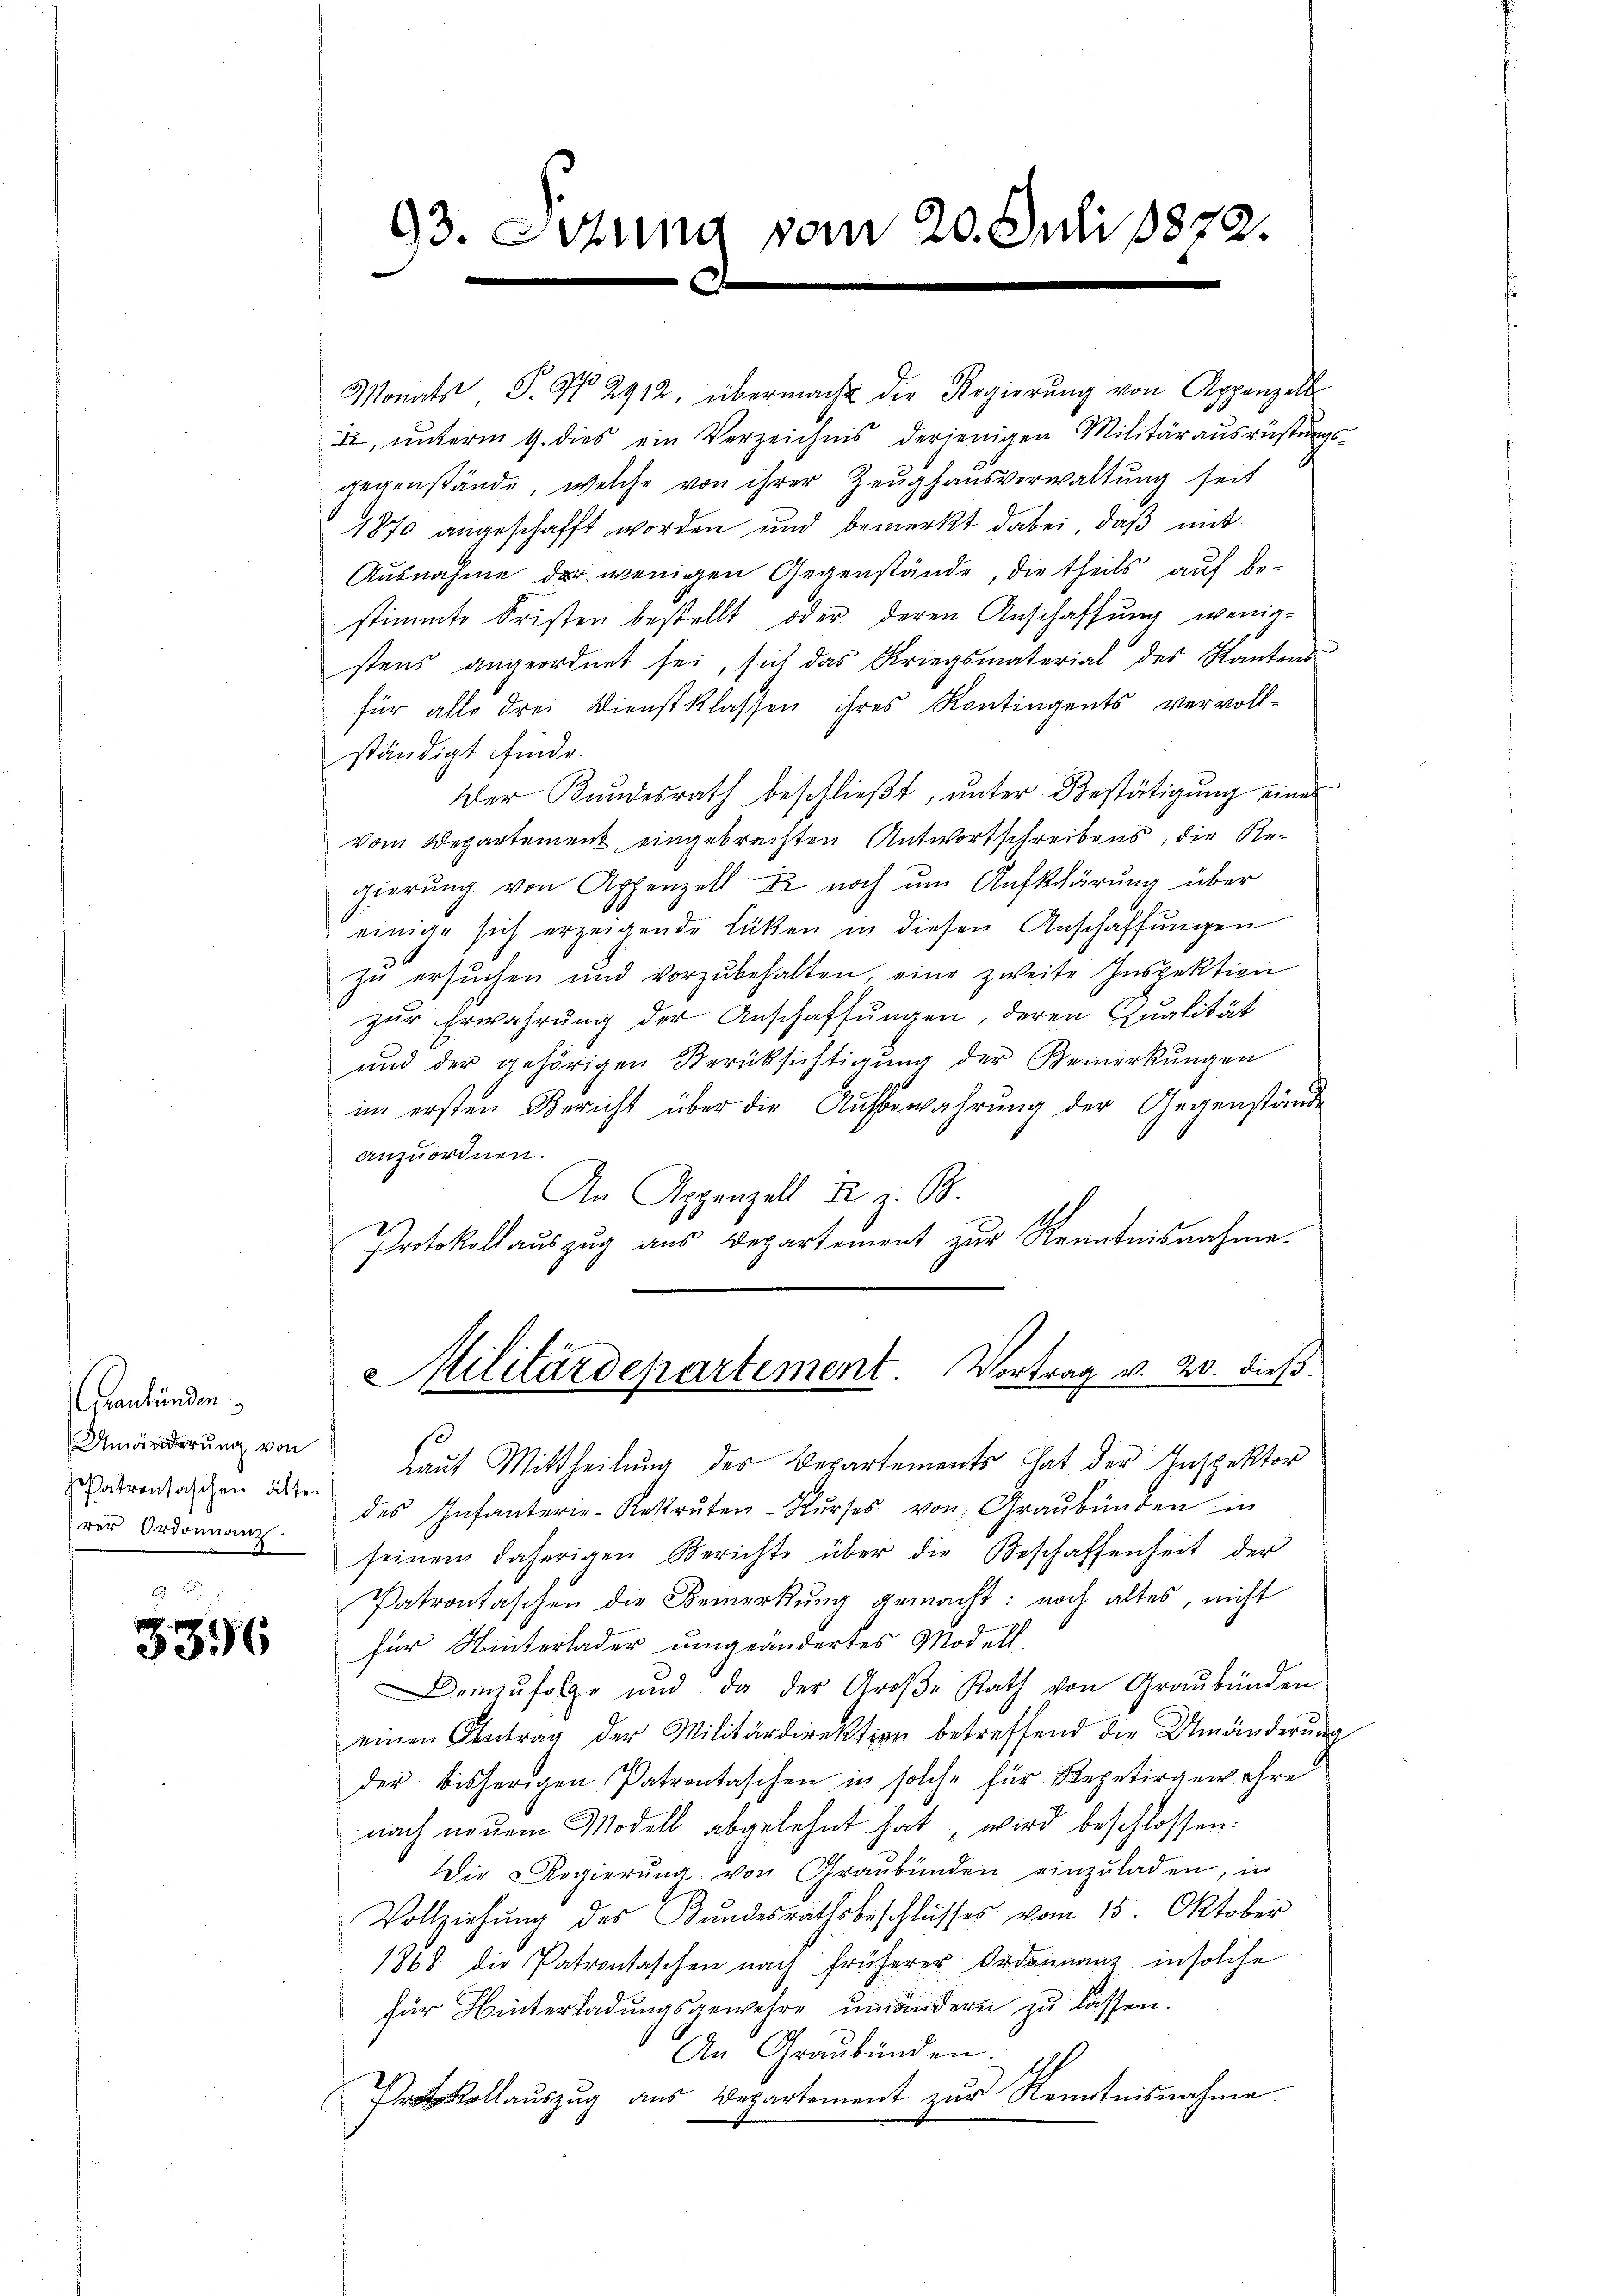
Graubünden
Umänderŭng von
Patrontaschen älter
rer Ordonnanz

3396

Monats P. G. 2912, übermacht die Regierŭng von Appenzell
, ŭnterm 9. dies ein Verzeichnis derjenigen Militärausrüstungs-
gegenstände, welche von ihrer Zeughausverwaltung seit
1870 angeschafft worden und bemerkt dabei, daß mit
Ausnahme der wenigen Gegenstände, die theils auf be-
stimmte Fristen bestellt, oder deren Anschaffung wenig-
stens angeordnet sei, sich das Kriegsmaterial des Kantons
für alle drei Dienstklassen ihres Kontingents vervoll-
ständigt finde.
Der Kundesrath beschlieβt, ŭnter Bestätigung eines
Vom Departement eingebrachten Antwortschreibens, die Regierŭng von Appenzell u. noch um Aufklärung über
einige sich erzeigende Lücken in diesen Anschaffungen
zŭ ersŭchen und vorzŭbehalten, eine zweite Inspektion
zur Erwahrung der Anschaffungen, deren Qualität
und der gehörigen Berücksichtigŭng der Bemerkŭngen
im ersten Bericht über die Aŭfbewahrŭng der Gegenstände
anzuordnen.
An Appenzell u. z. B.
Protokollauszug aus Departement zur Kenntnisnahme.
Militärdepartement. Vortrag v. 20. dieß.
Laut Mittheilung des Departements That der Inspektor
des Infanterie-Rekruten-Kŭrses von Graubünden in
seinen daherigen Berichte über die Beschaffenheit der
Patrontaschen die Bemerkung gemacht: noch altes, nicht
für Hinterlader umgeändertes Modell.
Demzufolge und da der Groβe Rath von Graubünden
einen Antrag der Militärdirektion betreffend die Umänderŭng
der bisherigen Patrontaschen in solche für Repetirgewahre
nach neuem Modell abgelehnt hat, wird beschlossen:
Die Regierŭng von Graubünden einzŭladen, in
Vollziehung des Bundesrathsbeschlusses vom 15. Oktober
1868 die Patrontaschen nach früherer Ordonnanz in solche
für Winterladungsgewehre umändern zu lassen.
An Graubünden.
A
ellauszug aus Departement zur Kenntnisnahme.

93. Ochung vom 20. Juli 1872.
¬